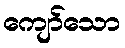
ကျော်သော